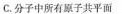
C. 分子中所有原子共平面